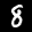
Label: 8